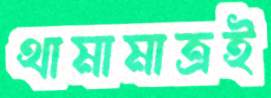
থামামাত্রই